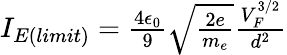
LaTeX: \begin{array}{r}{I_{E(limit)}=\frac{4\epsilon_{0}}{9}\sqrt{\frac{2e}{m_{e}}}\frac{V_{F}^{3/2}}{d^{2}}}\end{array}